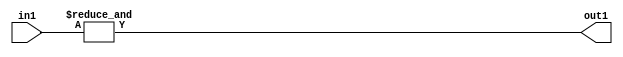
`timescale 1ps / 1ps
/*****************************************************************************
    Verilog RTL Description
    
    
    Created by: Stratus DpOpt 2019.1.01 
*******************************************************************************/

module st_weight_addr_gen_AndReduction_4S_1U_4_11 (
	in1,
	out1
	); /* architecture "behavioural" */ 
input [3:0] in1;
output  out1;
wire  asc001;

assign asc001 = 
	(&in1);

assign out1 = asc001;
endmodule

/* CADENCE  urfyTQ0= : u9/ySgnWtBlWxVPRXgAZ4Og= ** DO NOT EDIT THIS LINE ******/